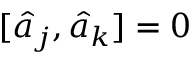
[ \hat { a } _ { j } , \hat { a } _ { k } ] = 0